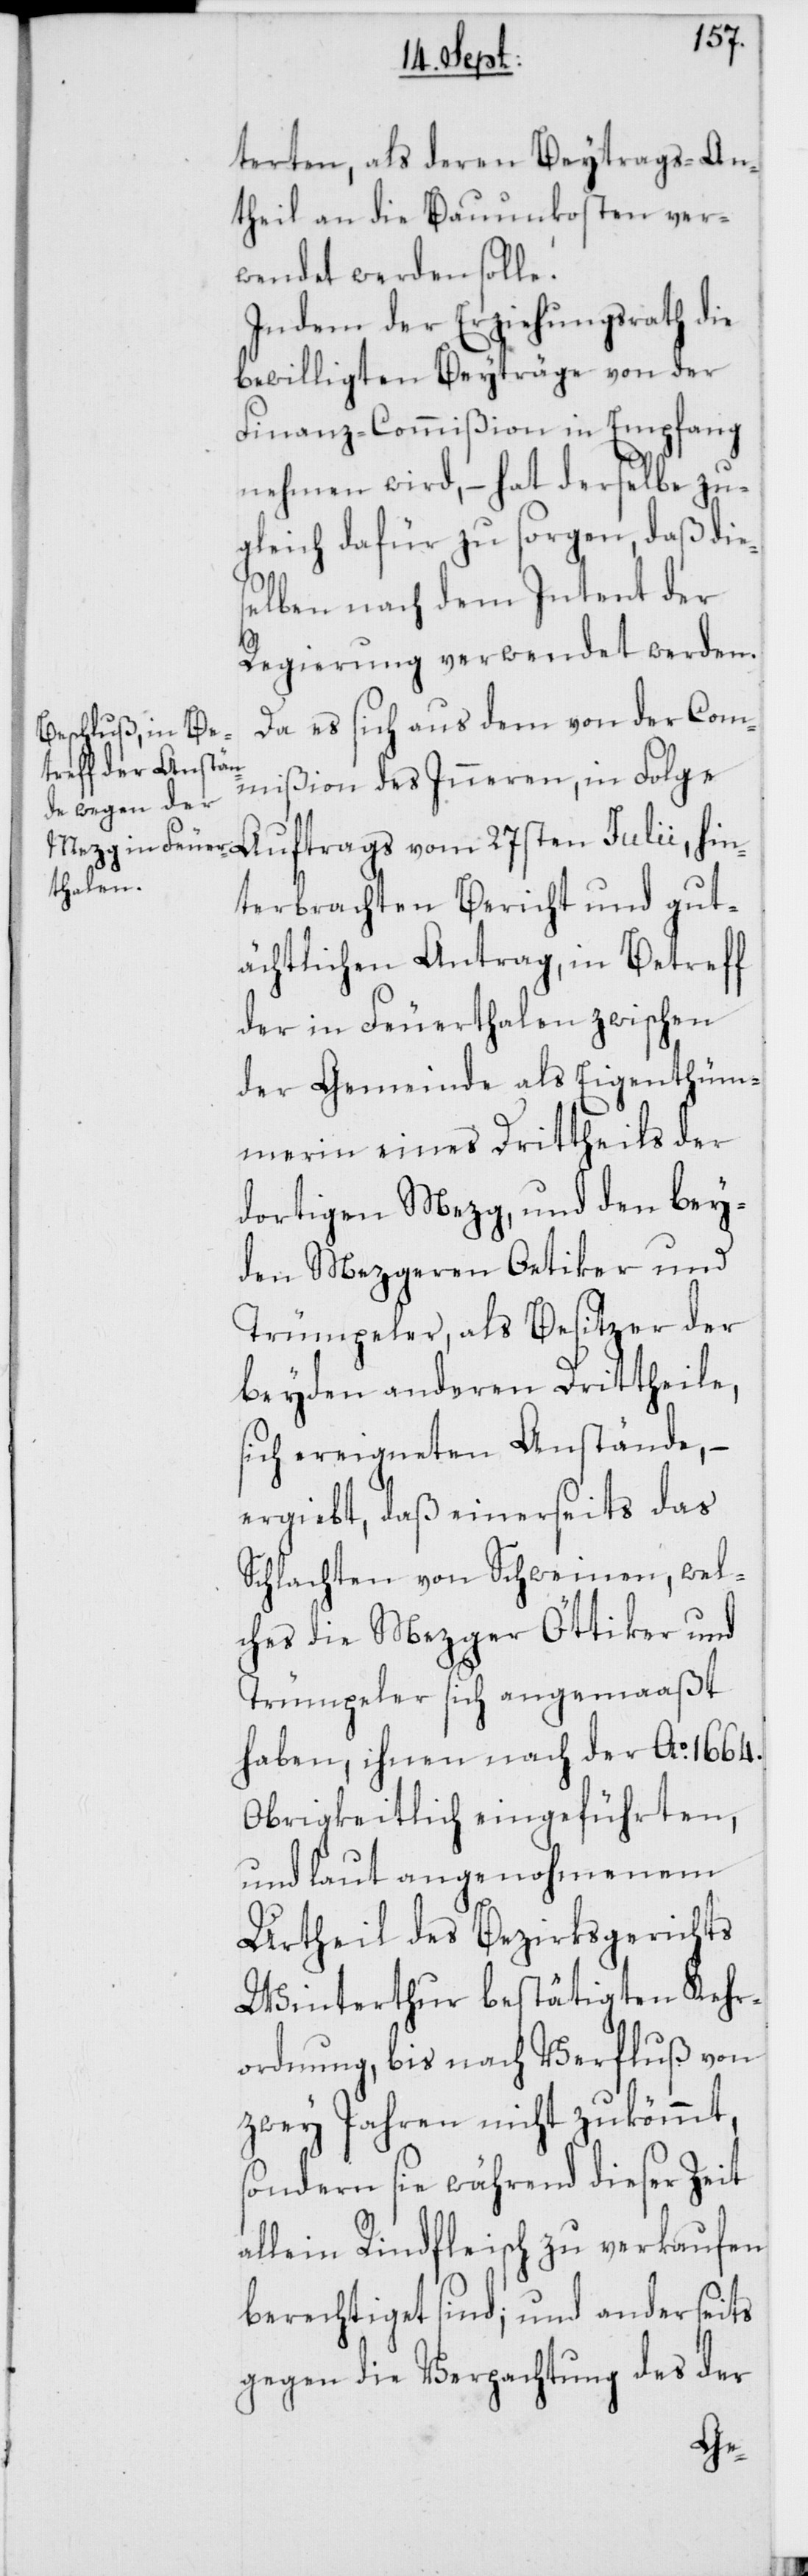
terten, als deren Beytrags-An¬
theil an die Bauunkosten ver¬
wendet werden solle.
Indem der Erziehungsrath die
bewilligten Beyträge von der
Finanz-Commißion in Empfang
nehmen wird, – hat derselbe zu¬
gleich dafür zu sorgen, daß die¬
selben nach dem Intent der
Regierung verwendet werden.
Da es sich aus dem von der Com¬
mißion des Inneren, in Folge
hin¬
terbrachten Bericht und gut¬
ächtlichen Antrag, in Betreff
der in Feuerthalen zwischen
der Gemeinde als Eigenthüm¬
merin eines Drittheils der
dortigen Mezg, und den bey¬
den Mezgeren Oetiker und
Trümpeler, als Besitzer der
beyden anderen Drittheile,
sich ereigneten Anstände,
ergiebt, daß einerseits das
Schlachten von Schweinen, wel¬
ches die Mezger Öttiker und
Trümpeler sich angemaaßt
haben, ihnen nach der Ao. 1664.
Obrigkeitlich eingeführten,
und laut angenohmenem
Urtheil des Bezirksgerichts
Winterthur bestätigten Kehr¬
ordnung, bis nach Verfluß von
zwey Jahren nicht zukömmt,
sondern sie während dieser Zeit
allein Rindfleisch zu verkaufen
berechtiget sind; und anderseits
gegen die Verpachtung des der